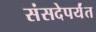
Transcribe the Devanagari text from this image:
संसदेपर्यंत